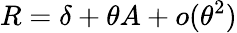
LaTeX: R=\delta+\theta A+o(\theta^{2})